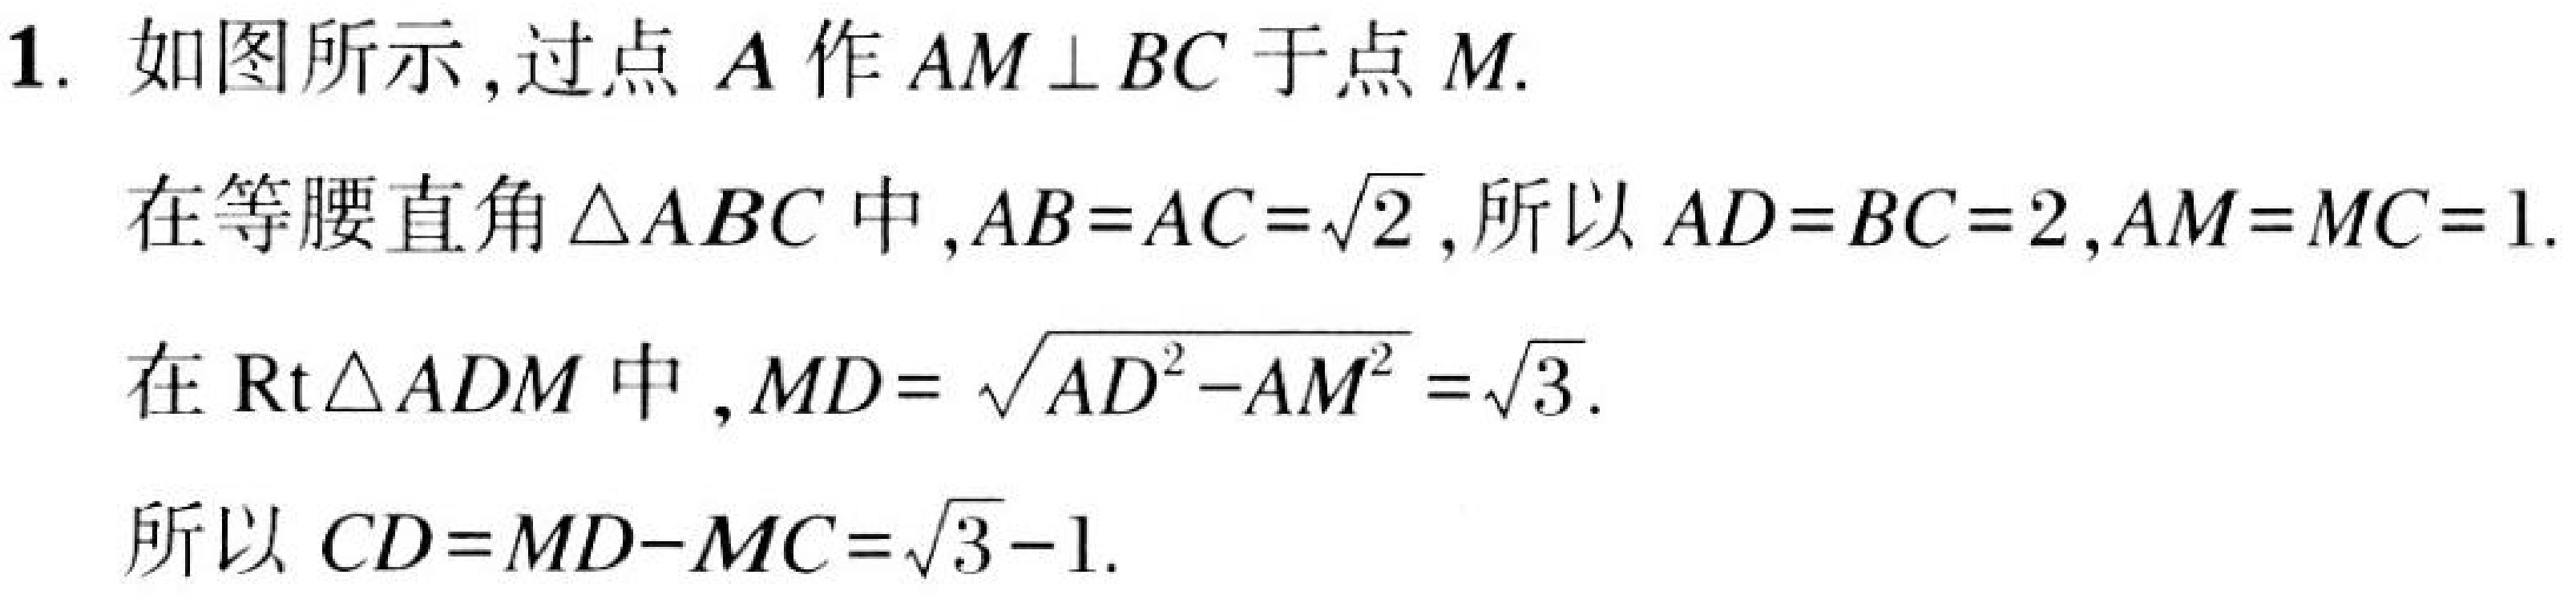
1. 如图所示,过点$A$作$AM\perp BC$于点$M.$
在等腰直角$\triangle ABC$中,$AB = AC=\sqrt{2}$,所以$AD = BC = 2$,$AM = MC = 1.$
在$\text{Rt}\triangle ADM$中,$MD=\sqrt{AD^{2}-AM^{2}}=\sqrt{3}.$
所以$CD = MD - MC=\sqrt{3}-1.$